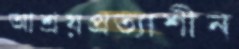
আশ্রয়প্রত্যাশীন